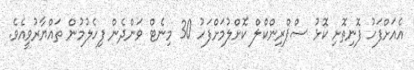
އެއަށްފަހު ފޮނިތޮށި ކޮޅު ސްޕްރިންކްލް ކޮށްލުމަށްފަހު 30 މިނެޓް ވަންދެން ފިހެލުމުން ތައްޔާރުވީއެވެ.